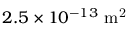
2 . 5 \times 1 0 ^ { - 1 3 } \ \mathrm { m ^ { 2 } }